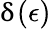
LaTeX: \updelta(\epsilon)